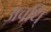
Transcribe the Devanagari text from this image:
अवधि्